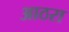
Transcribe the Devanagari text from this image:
आठरा